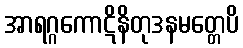
အာရဂ္ဂကောဋိနိတုဒနမတ္တေပိ